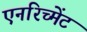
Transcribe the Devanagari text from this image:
एनरिच्मेंट